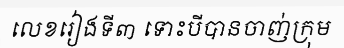
លេខរៀងទី៣ ទោះបីបានចាញ់ក្រុម